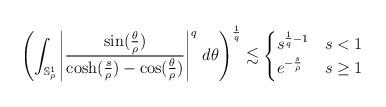
LaTeX: \begin{align*}\left( \int_{\mathbb{S}^1_\rho} \left|\frac{\sin(\frac{\theta}{\rho})}{\cosh(\frac s\rho)-\cos(\frac{\theta}{\rho})}\right|^{q}\,d\theta \right)^{\frac 1q}\lesssim \begin{cases}s^{\frac 1q-1} & s <1\\e^{-\frac{s}{\rho }} & s \geq 1\end{cases}\end{align*}